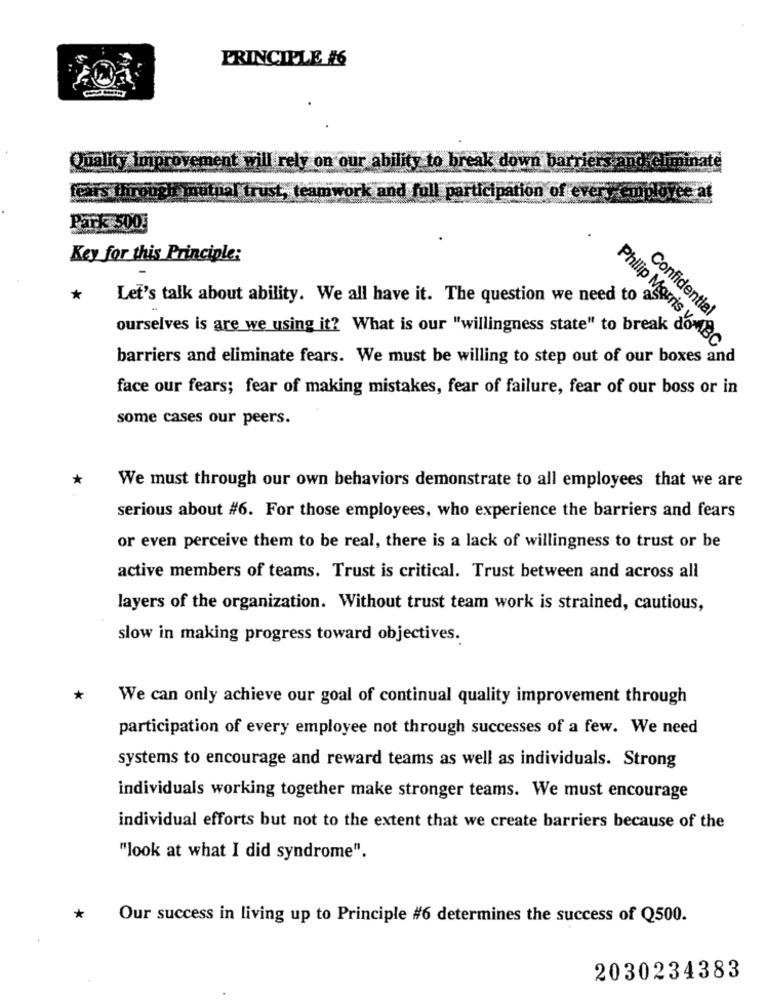
PRINCIPLE #6
Fen
Quality improvement will rely on our ability to break down barriers a
fears through mutual trust, teamwork and full participation of ever employee at
Park 500
Key for this Principle:
* Let's talk about ability. We all have it. The question we need to ask
Confidential
ourselves is are we using it? What is our "willingness state" to break do
Philip Morris V.ABC
barriers and eliminate fears. We must be willing to step out of our boxes and
face our fears; fear of making mistakes, fear of failure, fear of our boss or in
some cases our peers.
*
We must through our own behaviors demonstrate to all employees that we are
serious about #6. For those employees, who experience the barriers and fears
or even perceive them to be real, there is a lack of willingness to trust or be
active members of teams. Trust is critical. Trust between and across all
layers of the organization. Without trust team work is strained, cautious,
slow in making progress toward objectives.
We can only achieve our goal of continual quality improvement through
participation of every employee not through successes of a few. We need
systems to encourage and reward teams as well as individuals. Strong
individuals working together make stronger teams. We must encourage
individual efforts but not to the extent that we create barriers because of the
"look at what I did syndrome".
*
Our success in living up to Principle #6 determines the success of Q500.
2030234383